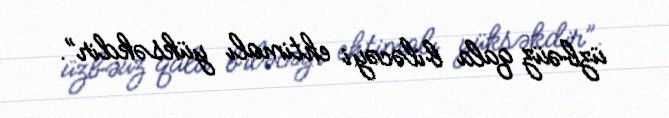
üzbəüz qala biləcəyi ehtimalı yüksəkdir”.